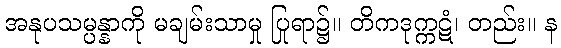
အနုပသမ္ပန္နာကို မချမ်းသာမှု ပြုရာ၌။ တိကဒုက္ကဋံ၊ တည်း။ န